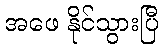
အဖေ နိုင်သွားပြီ